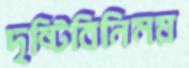
দৃষ্টিবিনিময়